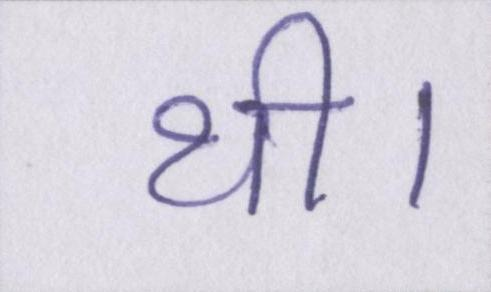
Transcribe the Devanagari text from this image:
थी।